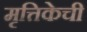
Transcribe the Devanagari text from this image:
मृत्तिकेची